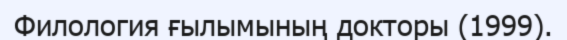
Филология ғылымының докторы (1999).